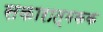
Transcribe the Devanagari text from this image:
सकारात्मकक